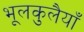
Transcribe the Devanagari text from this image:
भूलकुलैयाँ